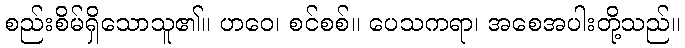
စည်းစိမ်ရှိသောသူ၏။ ဟဝေ၊ စင်စစ်။ ပေသကရာ၊ အစေအပါးတို့သည်။